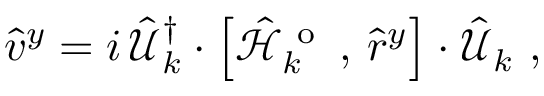
\hat { v } ^ { y } = i \, \hat { \mathcal { U } } _ { k } ^ { \dagger } \cdot \left[ \hat { \mathcal { H } } _ { k } ^ { \mathrm { ~ o ~ } } \, , \, \hat { r } ^ { y } \right] \cdot \hat { \mathcal { U } } _ { k } \mathrm { ~ , ~ }